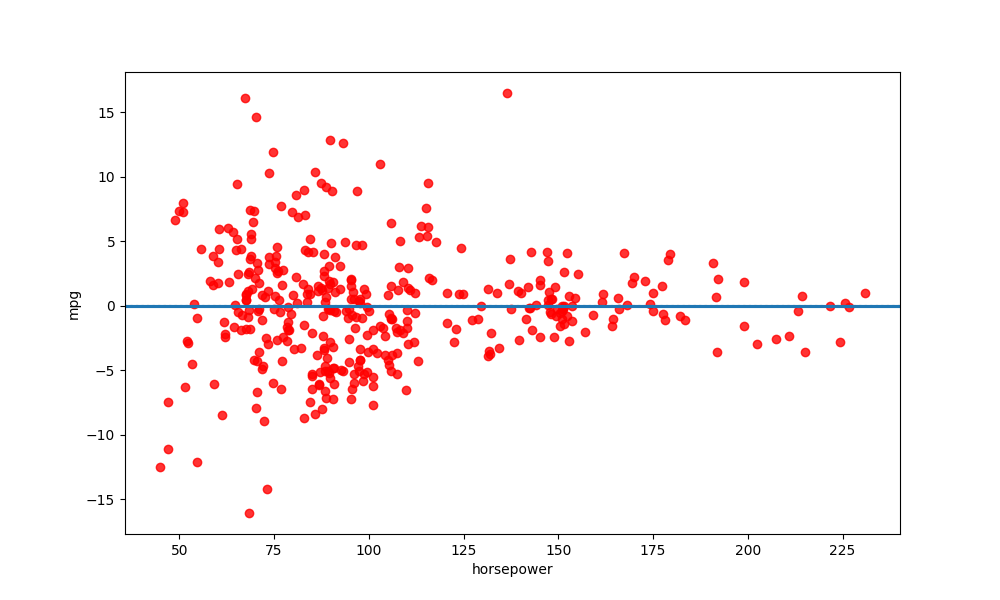
python, seaborn, residplot, lowess=True, scatter_color=red